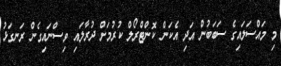
މި މައްސަލައިގެ ސަބަބުން އަދި އެކަން ކޮންޓްރޯލް ކުރުމަށް ދުރާލައި ވިސްނައިގެން ރަނގަޅު